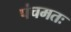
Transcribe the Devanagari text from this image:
पंचमतः